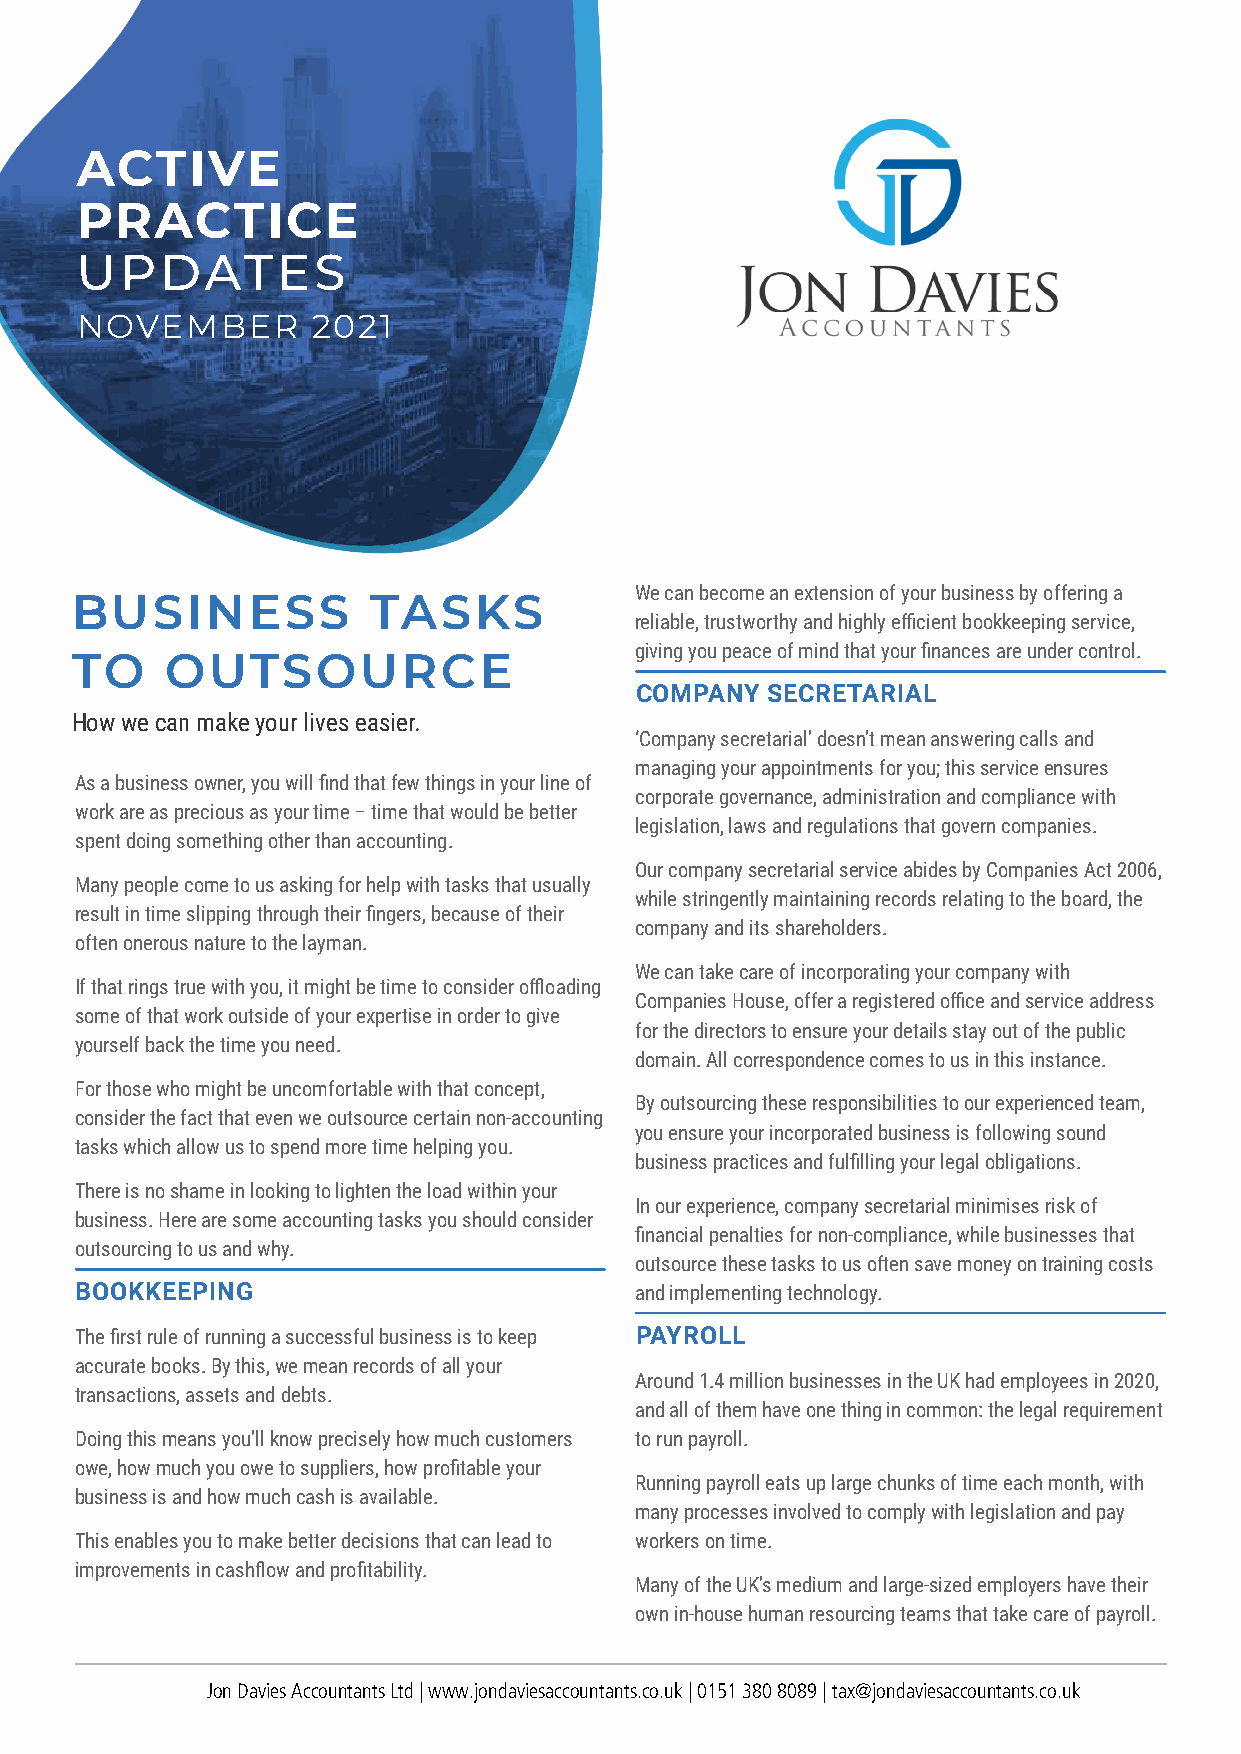
ACTIVE
 PRACTICE
 UPDATES
 NOVEMBER        2021
 We can become an extension of your business by offering a
 BUSINESS            TASKS
 reliable, trustworthy and highly efficient bookkeeping service,
 giving you peace of mind that your finances are under control.
 TO    OUTSOURCE
 COMPANY  SECRETARIAL
 How we can make your lives easier.
 ‘Company secretarial’ doesn’t mean answering calls and
 managing your appointments for you; this service ensures
 As a business owner, you will find that few things in your line of
 corporate governance, administration and compliance with
 work are as precious as your time – time that would be better
 legislation, laws and regulations that govern companies.
 spent doing something other than accounting.
 Our company secretarial service abides by Companies Act 2006,
 Many people come to us asking for help with tasks that usually
 while stringently maintaining records relating to the board, the
 result in time slipping through their fingers, because of their
 company and its shareholders.
 often onerous nature to the layman.
 We can take care of incorporating your company with
 If that rings true with you, it might be time to consider offloading
 Companies House, offer a registered office and service address
 some of that work outside of your expertise in order to give
 for the directors to ensure your details stay out of the public
 yourself back the time you need.
 domain. All correspondence comes to us in this instance.
 For those who might be uncomfortable with that concept,
 By outsourcing these responsibilities to our experienced team,
 consider the fact that even we outsource certain non-accounting
 you ensure your incorporated business is following sound
 tasks which allow us to spend more time helping you.
 business practices and fulfilling your legal obligations.
 There is no shame in looking to lighten the load within your
 In our experience, company secretarial minimises risk of
 business. Here are some accounting tasks you should consider
 financial penalties for non-compliance, while businesses that
 outsourcing to us and why.
 outsource these tasks to us often save money on training costs
 BOOKKEEPING                          and implementing technology.
 The first rule of running a successful business is to keep PAYROLL
 accurate books. By this, we mean records of all your
 Around 1.4 million businesses in the UK had employees in 2020,
 transactions, assets and debts.
 and all of them have one thing in common: the legal requirement
 Doing this means you’ll know precisely how much customers to run payroll.
 owe, how much you owe to suppliers, how profitable your
 Running payroll eats up large chunks of time each month, with
 business is and how much cash is available.
 many processes involved to comply with legislation and pay
 This enables you to make better decisions that can lead to workers on time.
 improvements in cashflow and profitability.
 Many of the UK’s medium and large-sized employers have their
 own in-house human resourcing teams that take care of payroll.
 Jon Davies Accountants Ltd | www.jondaviesaccountants.co.uk | 0151 380 8089 | tax@jondaviesaccountants.co.uk